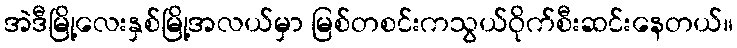
အဲဒီမြို့လေးနှစ်မြို့အလယ်မှာ မြစ်တစင်းကသွယ်ဝိုက်စီးဆင်းနေတယ်။